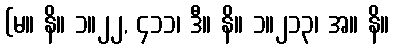
(မ။ နိ။ ၁။၂၂, ၄၁၁၊ ဒီ။ နိ။ ၁။၂၁၃၊ အ။ နိ။